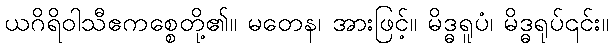
ယဂိရိဝါသီဧကစ္စေတို့၏။ မတေန၊ အားဖြင့်။ မိဒ္ဓရူပံ၊ မိဒ္ဓရုပ်၎င်း။